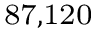
^ \mathrm { 8 7 , 1 2 0 }